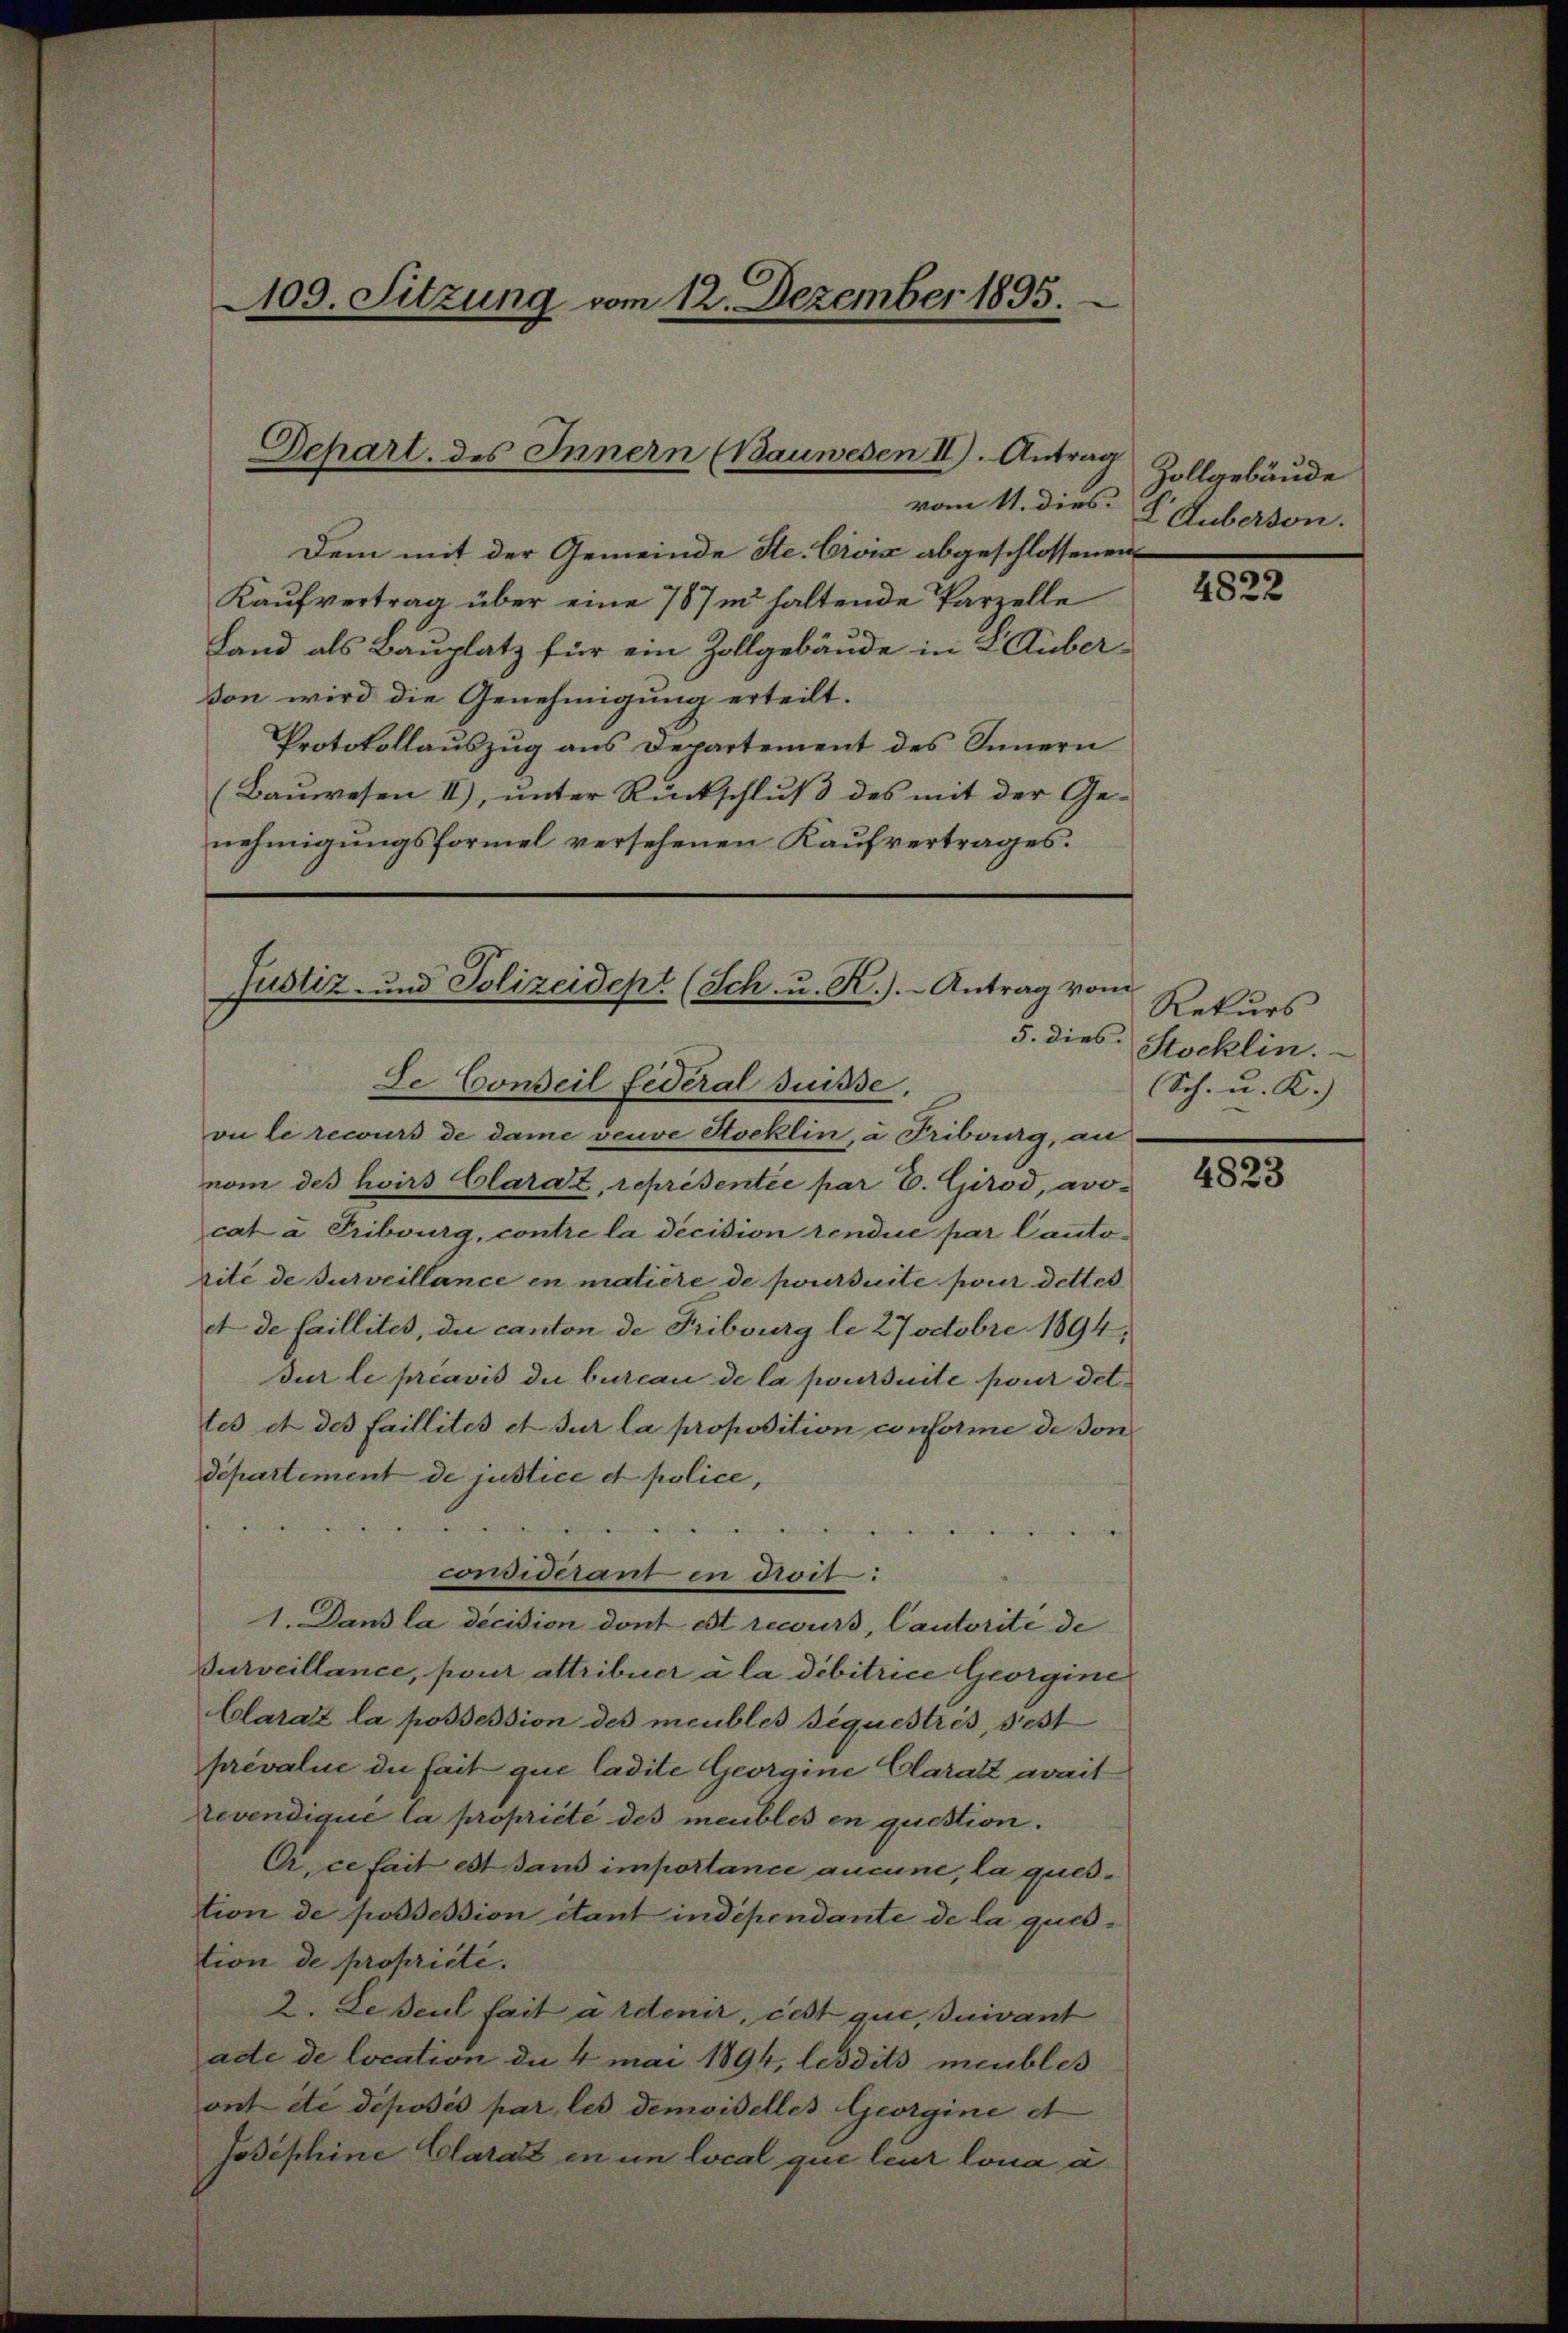
109. Sitzung vom 12. Dezember 1895.

Depart. des Innern (Bauwesen II). Antrag

Justiz- und Polizeidept (Sch. u. R.). Antrag vom
5. dies
Je Conseil fédéral Suisse,

vom 11. dies.
Dem mit der Gemeinde Ste. Civić abgeschlossenen
Kaufvertrag über eine 787 haltende Parzelle
Land als Bauplatz für ein Zollgebäude in L. Guber-
von wird die Genehmigung erteilt.
Protokollauszug aus Departement des Innern
(Bauwesen II), unter Rückschluß des mit der Genehmigungsformel versehenen Kaufvertrages.

Zollgebäude
LAuberson.

vu le recours de dame veuve Stocklin, à Fribourg, an
nom des hoirs Clarat, représentée par E. Girod, avo-
cata Tribourg, contre la decision rendue par Cantorite de surveillance en matière de poursuite pour dettes
et de faillites, du canton de Fribourg le 27 Octobre 1894,
Sur le préavis die bureau de la poursuite pour det
tes et des faillités et sur la proposition conforme de son
departement de justice et police,
a
d

considérant in droit:
1. Dans la decision dont est recurs, Cautorite de
Durveillance, pour attribuer à la dibitrice Georgine
Claratz la possession des meubles sequestris, sest
prévalue du fait que ladite Georgine Claratt avait
Levendique la propriété des meubles en question.
A, ce fait est dans importance aucune, la question de possession étant indépendante de la question de propriété.
2. Lesent fait a Edenir, cest que, suivant
ade de location die 4 mai 1894, lesdits meubles
ont etc déposés par les demoiselles Georgine et
Jodephine Clarat in in local que leur lona a

4822

Rekurs
Stocklin.
Sch. u. K.)

4823